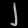
Digit: ၂